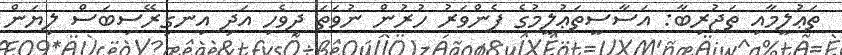
ތަޢުލީމާއި ތަޖުރިބާ: އަސާސީތަޢުލީމުގެ ފެންވަރު ހުރުން ނުވަތަ ދިވެހި އަދި އިނގިރޭސިބަސް ލިޔަން